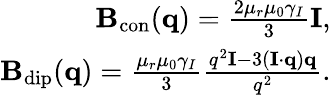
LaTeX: \begin{array}{r}{\mathbf{B}_{\mathrm{con}}(\mathbf{q})=\frac{2\mu_{r}\mu_{0}\gamma_{I}}{3}\mathbf{I},}\\ {\mathbf{B}_{\mathrm{dip}}(\mathbf{q})=\frac{\mu_{r}\mu_{0}\gamma_{I}}{3}\frac{q^{2}\mathbf{I}-3(\mathbf{I}\cdot\mathbf{q})\mathbf{q}}{q^{2}}.}\end{array}